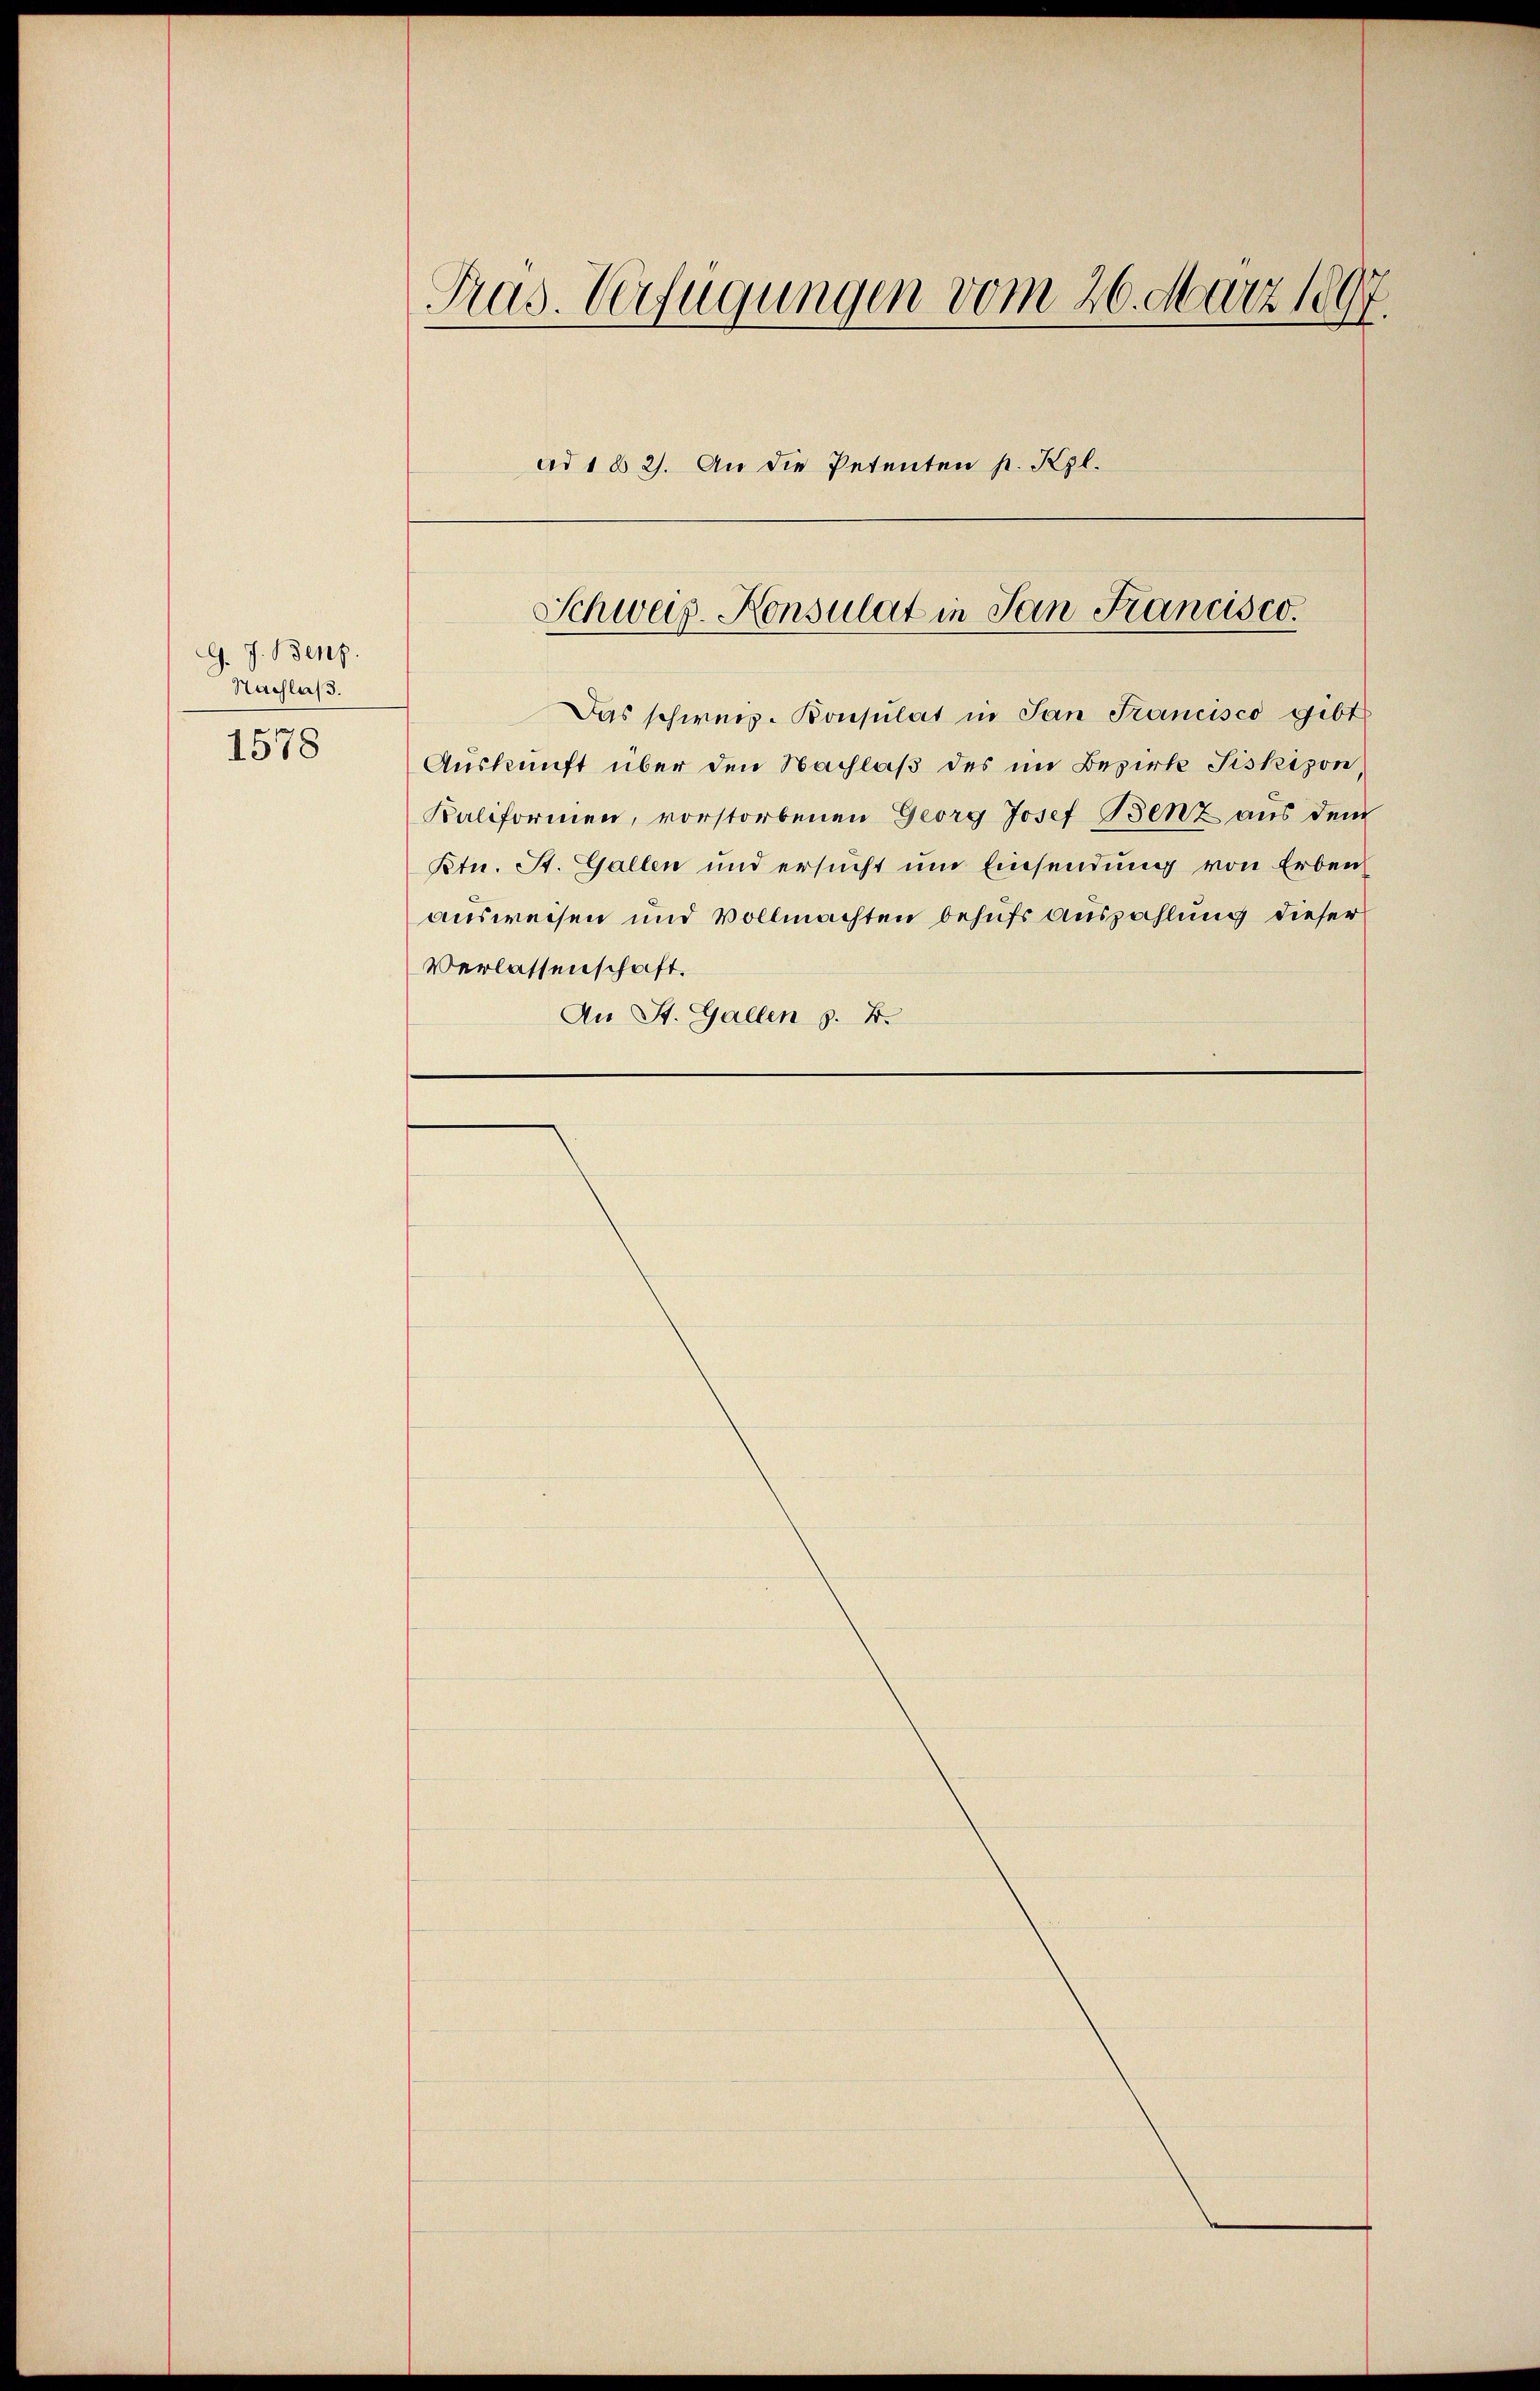
G. J. Benz.
Nachlas.

1578

Pras. Verfügungen vom 26. März 1897.
ad 1 § 2). An die Petenten p. Kgl.

Schweiz-Konsulat in San Francisco.

Das schweiz. Konsulat in San Francisco gibt
Auskunft über den Nachlaß des im Bezirk Piskison,
Kaliformen, vorstorbenen Georg Josef Benz aus dem
Ptu. St. Gallen und ersucht um Einsendung von Erben
ausweisen und Vollmachten behufs Auszahlung dieser
Verlassenschaft.
An St. Gallen z. B.